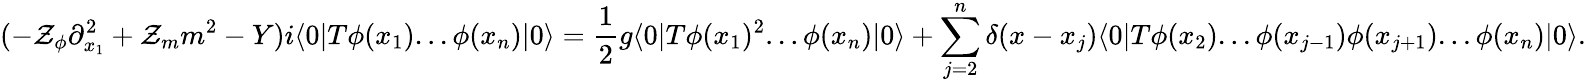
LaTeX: (-\mathcal{Z}_{\phi}\partial_{x_{1}}^{2}+\mathcal{Z}_{m}m^{2}-Y)i\langle0|T\phi(x_{1})...\phi(x_{n})|0\rangle=\frac{{1}}{{2}}g\langle0|T\phi(x_{1})^{2}...\phi(x_{n})|0\rangle+\sum_{j=2}^{n}\delta(x-x_{j})\langle0|T\phi(x_{2})...\phi(x_{j-1})\phi(x_{j+1})...\phi(x_{n})|0\rangle.